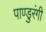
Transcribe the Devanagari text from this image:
पाण्डुरंगी